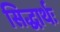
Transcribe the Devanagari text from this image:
सिद्धार्थः